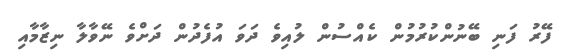
ފޭރު ފަނި ބޭނުންކުރުމުން ކެއްސުން ލުއިވެ ދަވަ އުފެދުން ދަށްވެ ނޭވާލާ ނިޒާމާއި